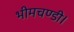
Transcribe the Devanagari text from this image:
भीमचण्डी।